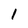
Character: 1